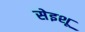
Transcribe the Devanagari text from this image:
सेइशू